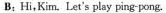
B;Hi,Kim. Let's play ping-pong.